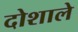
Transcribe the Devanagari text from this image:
दोशाले